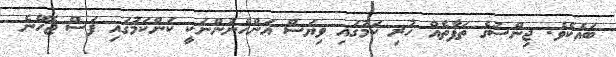
ބައެކެވެ. ޖިންސުގެ ތަފާތެއް ހުރި ކަމުގައި ވިޔަސް އަންހެނުންނަކީ ކަންކަމުގައި ފަސް ޖެހޭނެ